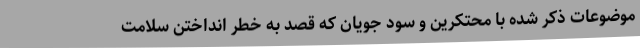
موضوعات ذکر شده با محتکرین و سود جویان که قصد به خطر انداختن سلامت